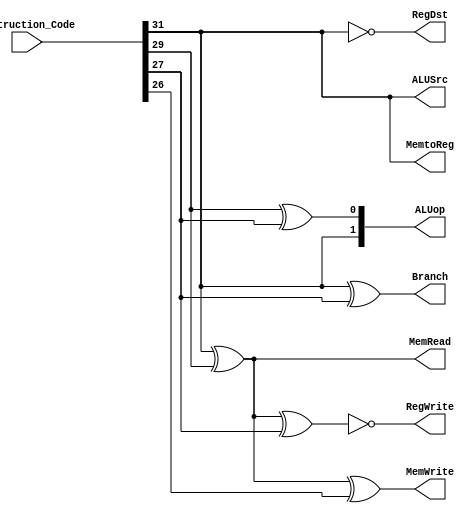
`timescale 1ns / 1ps
//////////////////////////////////////////////////////////////////////////////////
// Company: 
// Engineer: 
// 
// Design Name: 
// Module Name: control
// Project Name: 
// Target Devices: 
// Tool Versions: 
// Description: 
// 
// Dependencies: 
// 
// Revision:
// Revision 0.01 - File Created
// Additional Comments:
// 
//////////////////////////////////////////////////////////////////////////////////


module control_da(
    input [31:0] Instruction_Code,
    output RegDst,
    output RegWrite,
    output ALUSrc,
    output [1:0] ALUop,
    output MemRead,
    output MemWrite,
    output MemtoReg,
    output Branch
    );
    
    assign RegDst = ~Instruction_Code[31];
    assign RegWrite = ~(Instruction_Code[31] ^ Instruction_Code[29] ^ Instruction_Code[27]);
    assign ALUSrc = Instruction_Code [31];
    assign ALUop = { Instruction_Code [31], Instruction_Code [29]^Instruction_Code [27] }; 
    //ALUop : R (00), LW (11), SW (10), JZ (01)
    assign MemRead = Instruction_Code[31] ^ Instruction_Code[29];
    assign MemWrite = Instruction_Code[31] ^ Instruction_Code[29] ^ Instruction_Code[26];
    assign MemtoReg = Instruction_Code [31];
    assign Branch = Instruction_Code[31] ^ Instruction_Code[27];
        
    endmodule